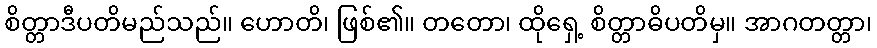
စိတ္တာဒီပတိမည်သည်။ ဟောတိ၊ ဖြစ်၏။ တတော၊ ထိုရှေ့ စိတ္တာဓိပတိမှ။ အာဂတတ္တာ၊